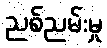
ညစ်ညမ်းမှု